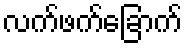
လက်ဖက်ခြောက်